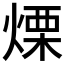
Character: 𤌣